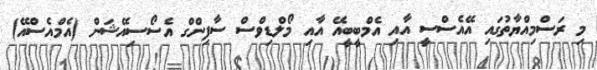
މި ރަސްމިއްޔާތުގައި އޭއެސްސީ އާއި އެމްބީބީއޭ އާއި މޯލްޑިވްސް ސާފިންގް އެސޯސިއޭޝަން (އެމްއެސްއޭ)